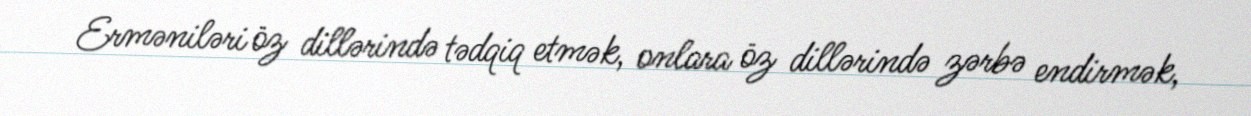
Erməniləri öz dillərində tədqiq etmək, onlara öz dillərində zərbə endirmək,